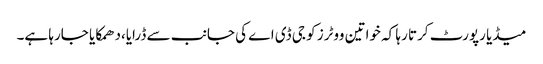
میڈیا رپورٹ کرتا رہا کہ خواتین ووٹرز کو جی ڈی اے کی جانب سے ڈرایا،دھمکایا جارہا ہے۔